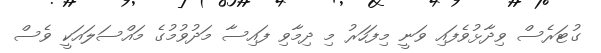
ގުޓަރެސް ވިދާޅުވެފައި ވަނީ މިފަހަރު މި ދިމާވި ފައިސާ މަދުވުމުގެ މައްސަލައަކީ ވެސް